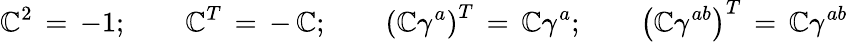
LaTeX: \mathbb{C}^{2}\, =\, -1;\qquad\mathbb{C}^{T}\, =\, -\, \mathbb{C};\qquad\left(\mathbb{C}\gamma^{a}\right)^{T}\, =\, \mathbb{C}\gamma^{a};\qquad\left(\mathbb{C}\gamma^{ab}\right)^{T}\, =\, \mathbb{C}\gamma^{ab}